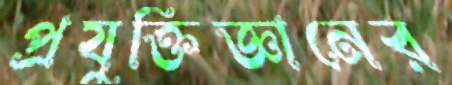
প্রযুক্তিজ্ঞানের